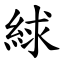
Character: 絿